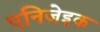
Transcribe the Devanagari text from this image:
एनिजेइक